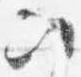
次